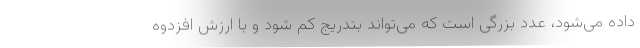
داده می‌شود، عدد بزرگی است که می‌تواند بتدریج کم شود و با ارزش افزدوه